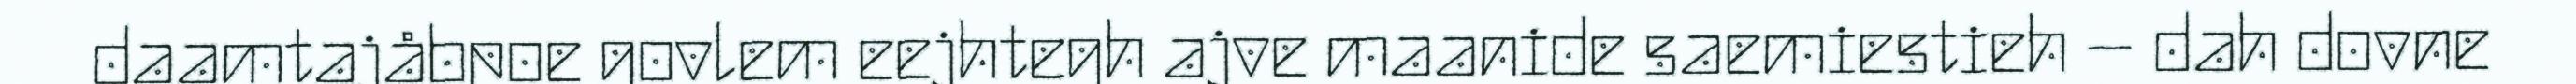
daamtajåbpoe govlem eejhtegh ajve maanide saemiestieh – dah dovne